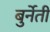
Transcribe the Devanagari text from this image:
बुर्नेती